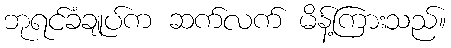
ဘုရင်ခံချုပ်က ဆက်လက် မိန့်ကြားသည်။